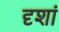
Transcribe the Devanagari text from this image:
दृशां